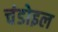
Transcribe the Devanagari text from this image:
चंडोइल